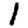
Digit: 1